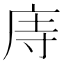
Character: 庤